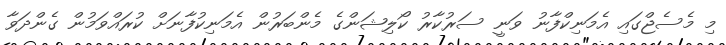
މި މެސެޖްގައި އެމަނިކްފާނު ވަނީ ސަރުކާރު ކޯލިޝަންގެ މެންބަރުން އެމަނިކުފާނަށް ކުރައްވަމުން ގެންދަވާ